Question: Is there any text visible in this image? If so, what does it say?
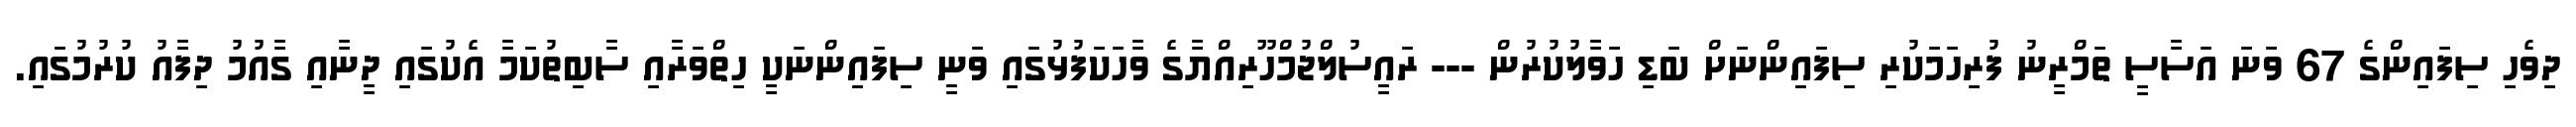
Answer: ދިވެހި ސިފައިންގެ 67 ވަނަ އަސާސީ ތަމްރީނު ފުރިހަމަކުރި ސިފައިންނަށް ބަޑި ހަވާލުކުރުން --- ރައީސުލްޖުމްހޫރިއްޔާގެ ވާހަކަފުޅުގައި ވަނީ ސިފައިންނަކީ ހިތްވަރާއި ސާބިތުކަމާ އެކުގައި ދީނާއި ގާއުމު ދިފާއު ކުރުމުގައި.